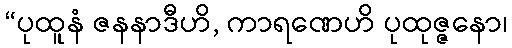
“ပုထူနံ ဇနနာဒီဟိ, ကာရဏေဟိ ပုထုဇ္ဇနော၊